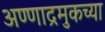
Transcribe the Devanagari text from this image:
अण्णाद्रमुकच्या